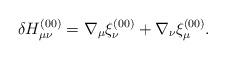
LaTeX: \begin{align*}\delta H_{\mu\nu}^{(00)} = \nabla_\mu \xi_\nu^{(00)} +\nabla_\nu \xi_\mu^{(00)}.\end{align*}